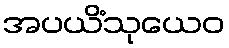
အပယိံသုယေဝ